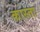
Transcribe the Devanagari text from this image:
कास्ता